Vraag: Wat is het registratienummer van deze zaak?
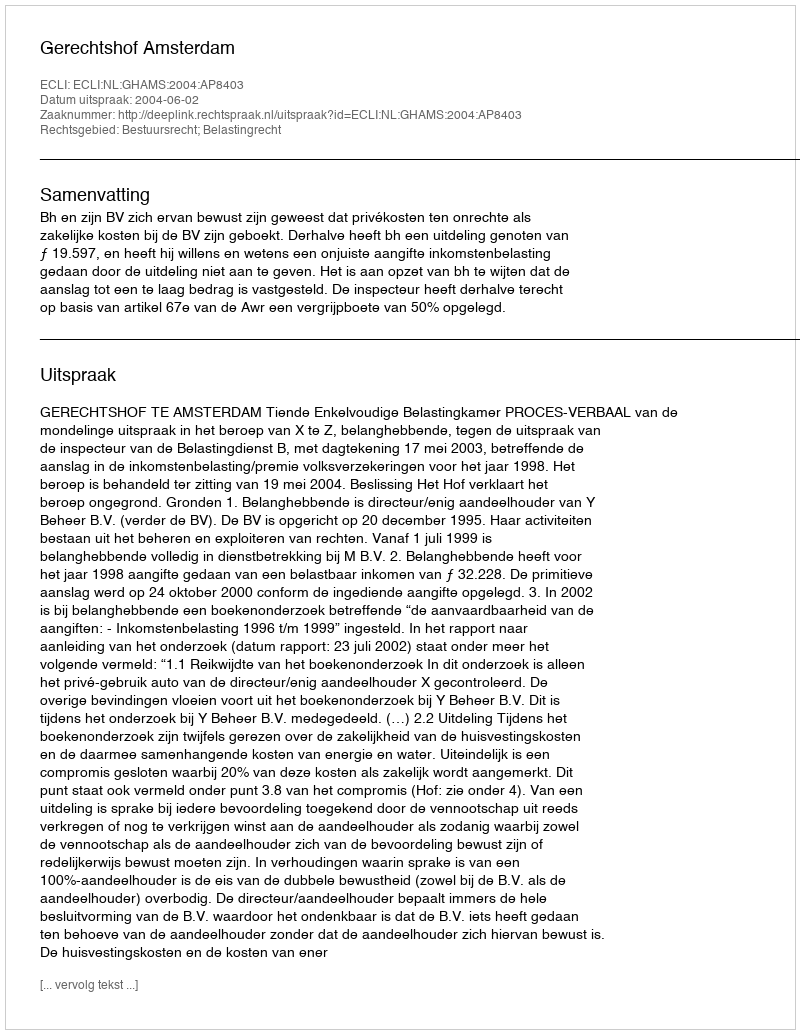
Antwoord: http://deeplink.rechtspraak.nl/uitspraak?id=ECLI:NL:GHAMS:2004:AP8403